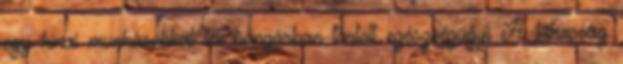
egy kínai munkásokkal teli hangárban tartott egészségügyi A lakosság